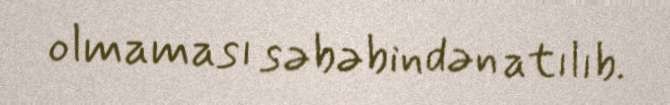
olmaması səbəbindən atılıb.